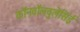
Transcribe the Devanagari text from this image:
कॉनवॉलवुलेसिई